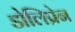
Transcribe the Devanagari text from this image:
डोलिप्रेन